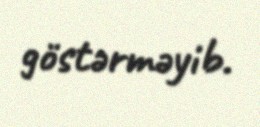
göstərməyib.